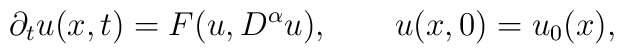
{\partial_t}u(x,t) = F(u,{D^\alpha}u),\qquad u(x,0)={u_0}(x),